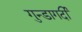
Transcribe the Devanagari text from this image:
गुन्डागर्दी